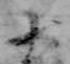
十